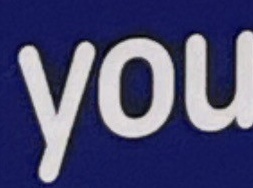
you